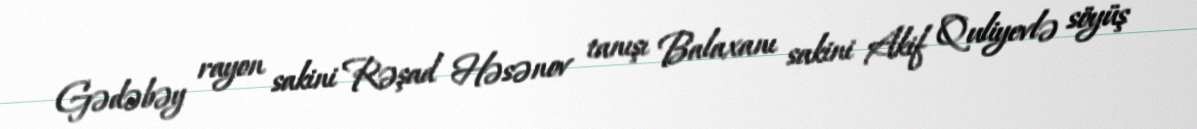
Gədəbəy rayon sakini Rəşad Həsənov tanışı Balaxanı sakini Akif Quliyevlə söyüş